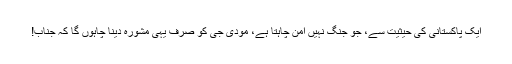
ایک پاکستانی کی حیثیت سے، جو جنگ نہیں امن چاہتا ہے، مودی جی کو صرف یہی مشورہ دینا چاہوں گا کہ جناب!